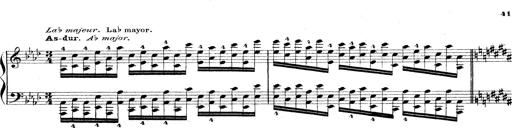
Title: Technische Studien
Composer: Franz Liszt